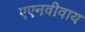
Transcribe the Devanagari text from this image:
एएनवीवाय